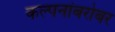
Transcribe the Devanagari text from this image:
कल्पनांबरोबर